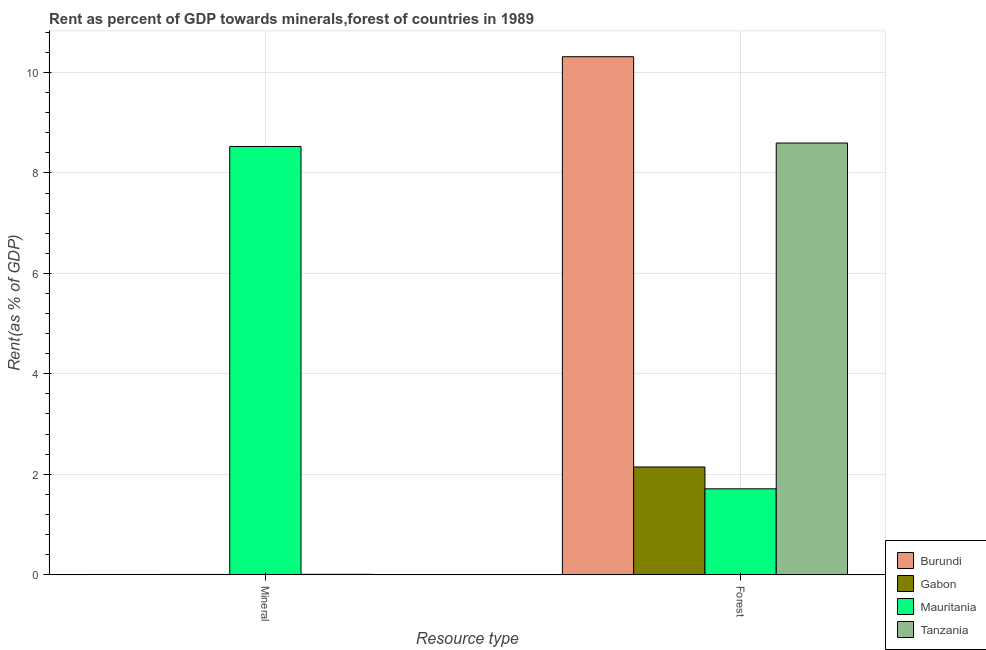
| Resource type | Burundi | Gabon | Mauritania | Tanzania |
 | --- | --- | --- | --- | --- |
 | Mineral | 0.00428 | 0.00486 | 8.53 | 0.00724 |
 | Forest | 10.3 | 2.14 | 1.71 | 8.59 |